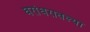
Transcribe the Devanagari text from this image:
घरांघरातल्या